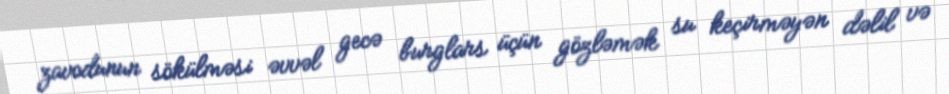
zavodunun sökülməsi əvvəl gecə burglars üçün gözləmək su keçirməyən dəlil və